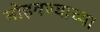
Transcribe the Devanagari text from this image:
मोहवण्याच्या